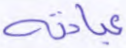
عبادته